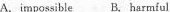
A. impossible B.harmful